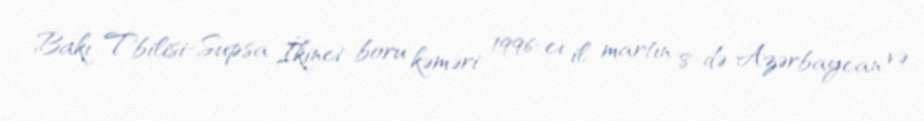
Bakı-Tbilisi-Supsa İkinci boru kəməri 1996-cı il martın 8-də Azərbaycan və